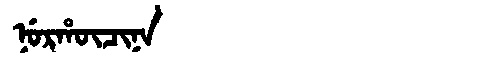
Manchu: ᠨᡠᡵᡥᡡᠴᡳᠨᠠ
Romanization: NURHŪCINA